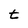
Character: t